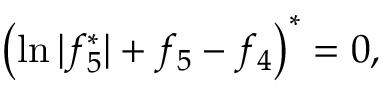
\left( \ln | f _ { 5 } ^ { \ast } | + f _ { 5 } - f _ { 4 } \right) ^ { \ast } = 0 ,